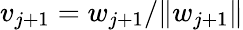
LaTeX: v_{j+1}=w_{j+1}/\| w_{j+1}\|